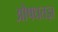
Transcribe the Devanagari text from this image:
औषधतज्ञ